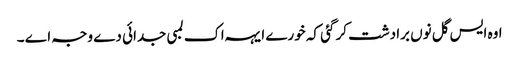
اوہ ایس گل نوں برادشت کر گئی کہ خورے ایہہ اک لمبی جدائی دے وجہ اے ۔